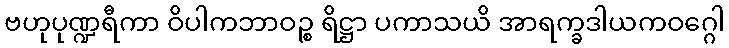
ဗဟုပုဏ္ဍရီကာ ဝိပါကဘာဝဉ္စ ရိဋ္ဌာ ပကာသယိ အာရက္ခဒါယကဝဂ္ဂေါ